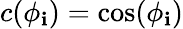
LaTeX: c(\phi_{\mathbf{i}})=\cos(\phi_{\mathbf{i}})